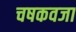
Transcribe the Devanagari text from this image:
चषकवजा